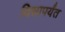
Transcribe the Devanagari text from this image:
दिसापर्यंत